NAE_EAA_P-1039_Kommunismi_Majak_kalurikolhoos, lk 6
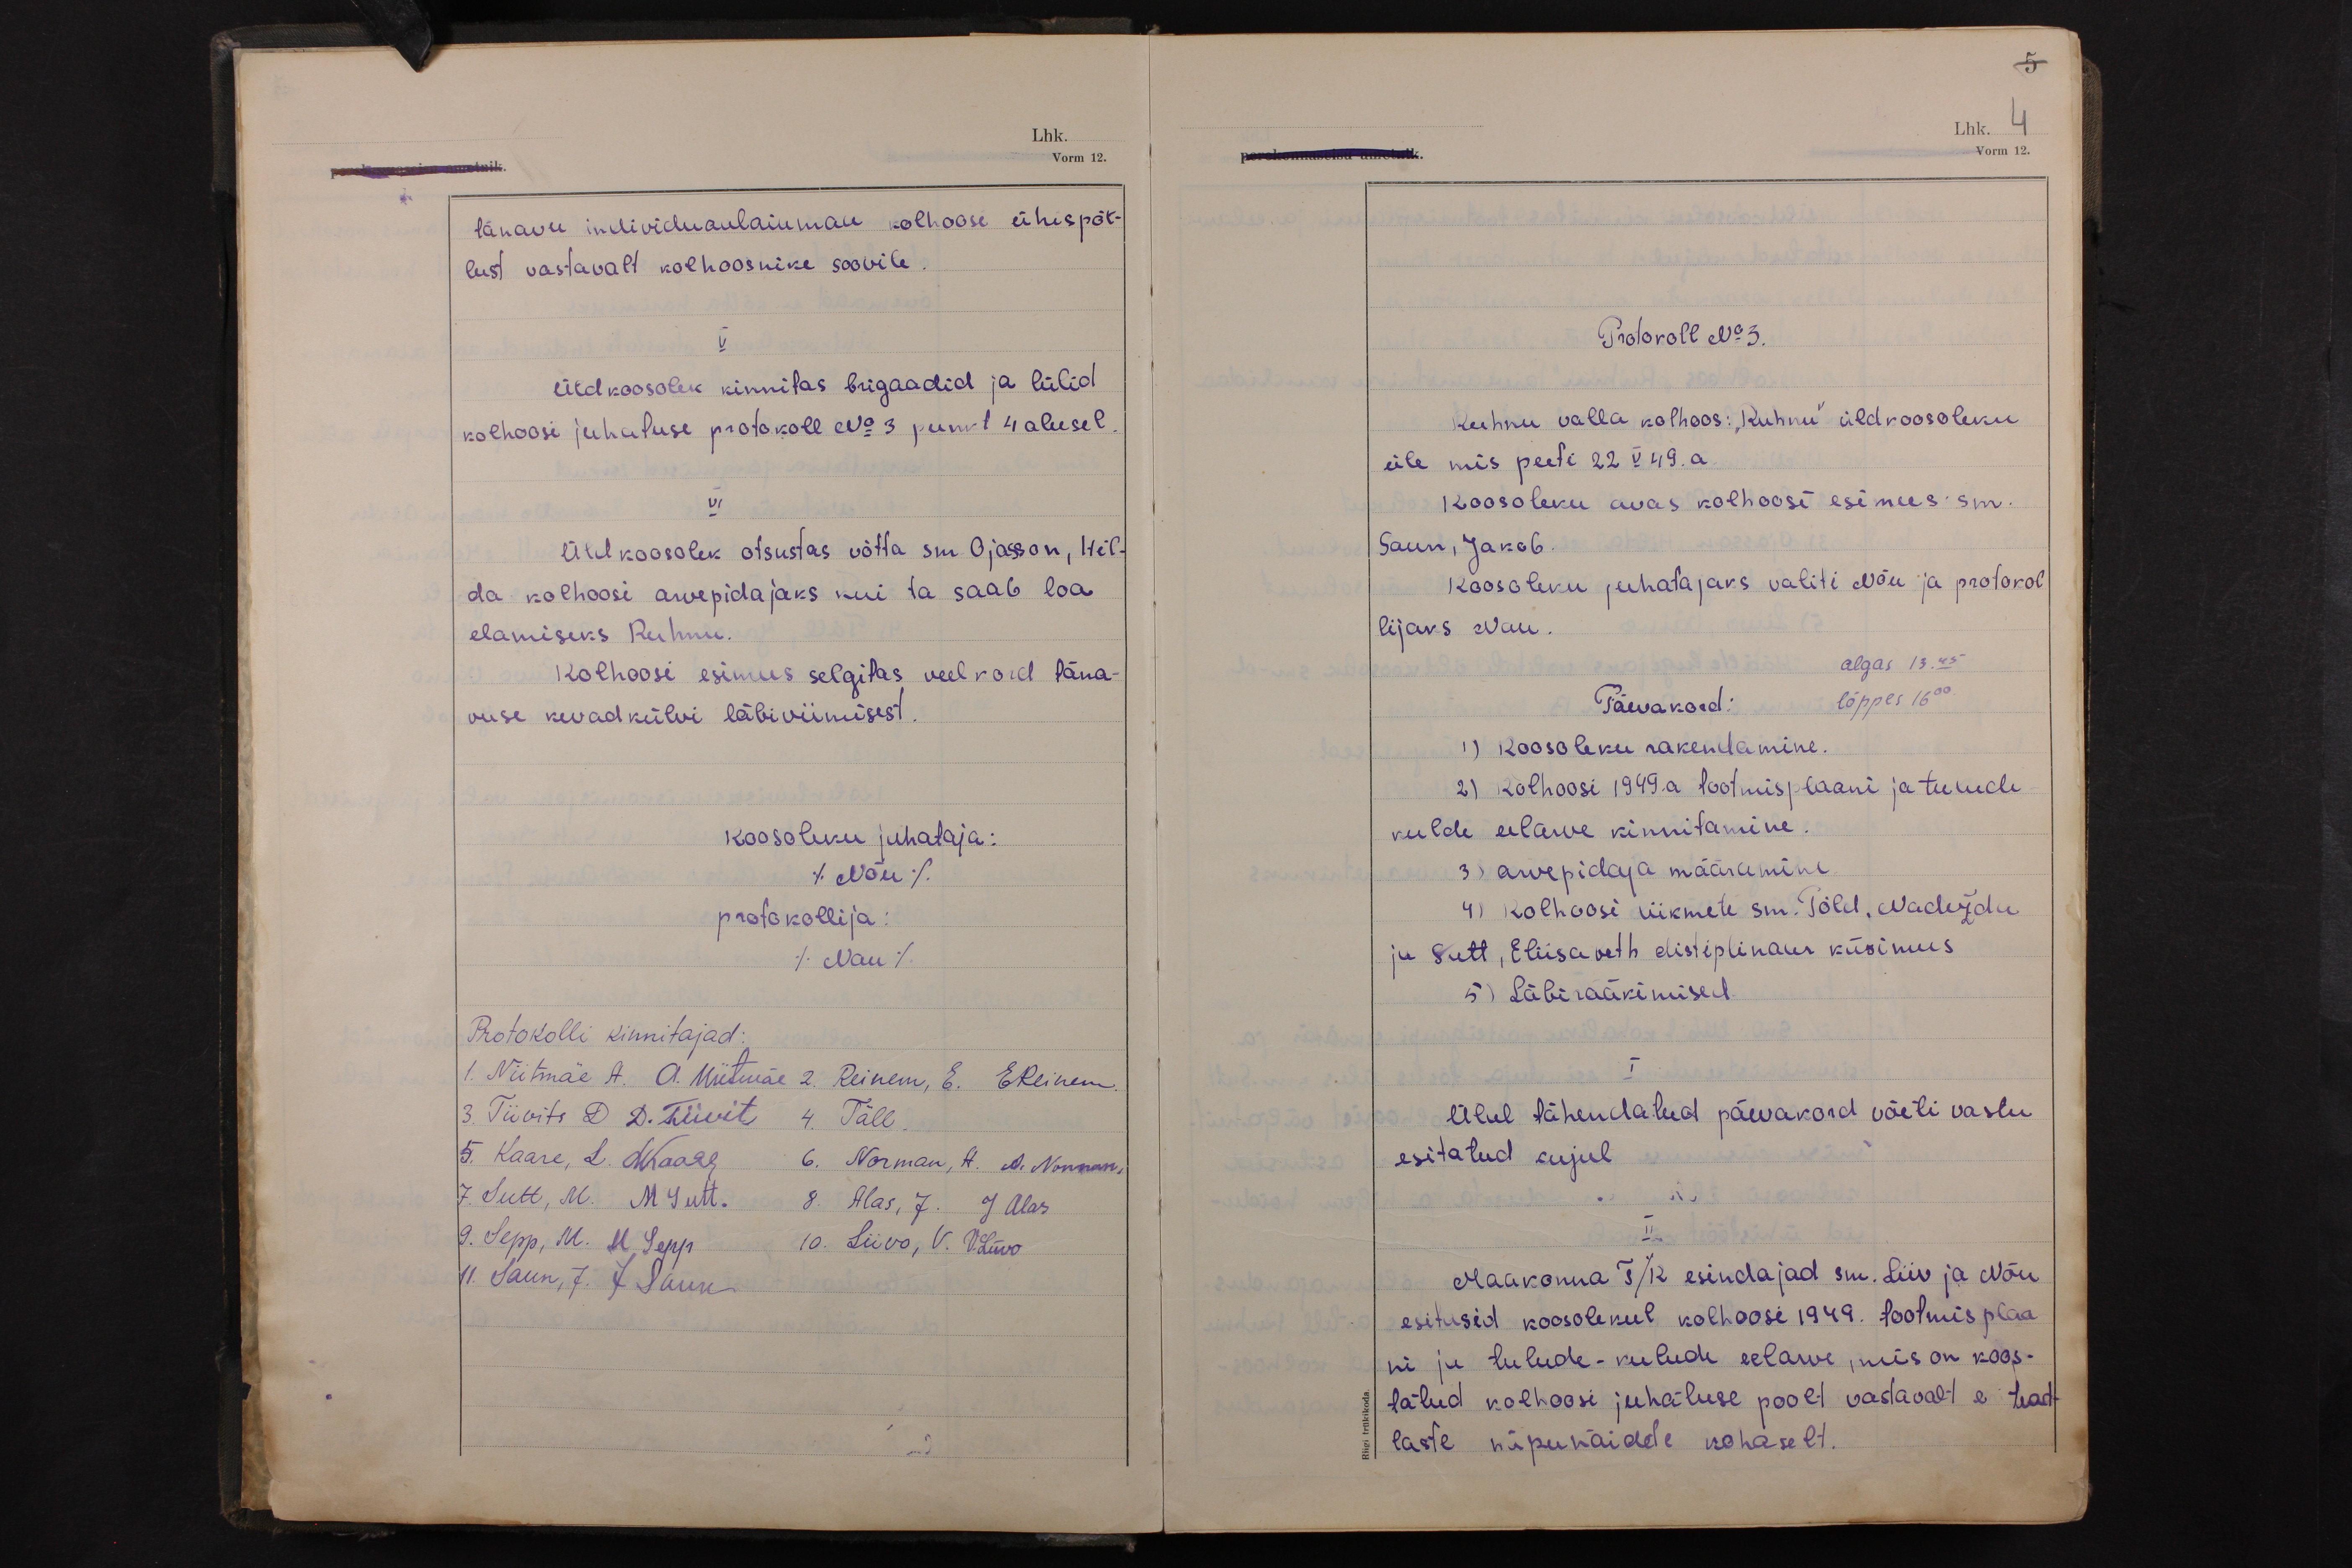
5
Lhk. 4
Vorm 12.

tänavu individuaalaiamaa kolhoosi ühispõl-
lust vastavalt kolhoosnike soovile.
V
Üldkoosolek kinnitas brigaadid ja lülid
kolhoosi juhatuse protokoll No 3 punkt 4 alusel.
VI
Üldkoosolek otsustas võtta sm. Ojasson, Hil-
da kolhoosi arvepidajaks kui ta saab loa
elamiseks Ruhnu.
Kolhoosi esimees selgitas veel kord täna-
vuse kevadkülvi läbiviimisest.
Koosoleku juhataja:
(Nõu)
protokollija:
(Nau)
Protokolli kinnitajad:
1. Niitmäe A. A. Niitmäe 2. Reinem, E. EReinem.
3. Tiivits D D.Tiivit 4. Täll.
5. Kaare, L. LKaare 6. Norman, A. A. Norman.
7. Sutt, M. M Sutt. 8. Alas, J. J Alas
9. Sepp, M. M Sepp 10. Liivo, V. V. Liivo
11. Saun, J. J Saun

Protokoll No 3.
Ruhnu valla kolhoos: "Ruhnu" üldkoosoleku
üle mis peeti 22 V 49. a.
Koosoleku avas kolhoosi esimees sm.
Saun, Jakob.
Koosoleku juhatajaks valiti Nõu ja protokol
lijaks Nau.
algas 13.45
Päevakord: lõppes 16 00.
1) Koosoleku rakendamine.
2) Kolhoosi 1949.a tootmisplaani ja tulude-
kulde eelarve kinnitamine.
3) arvepidaja määramine
4) Kolhoosi liikmete sm. Põld, Nadežda
ja Sutt, Eliisabeth distiplinaar küsimus
5) Läbirääkimised.
I
Ülal tähendatud päevakord võeti vastu
esitatud kujul
II
Maakonna T/k esindajad sm. Liiv ja Nõu
esitasid koosolekul kolhoosi 1949. tootmisplaa-
ni ja tulude-kulude eelarve, mis on koos-
tatud kolhoosi juhatuse poolt vastavalt eri tead-
laste näpunäidete kohaselt.